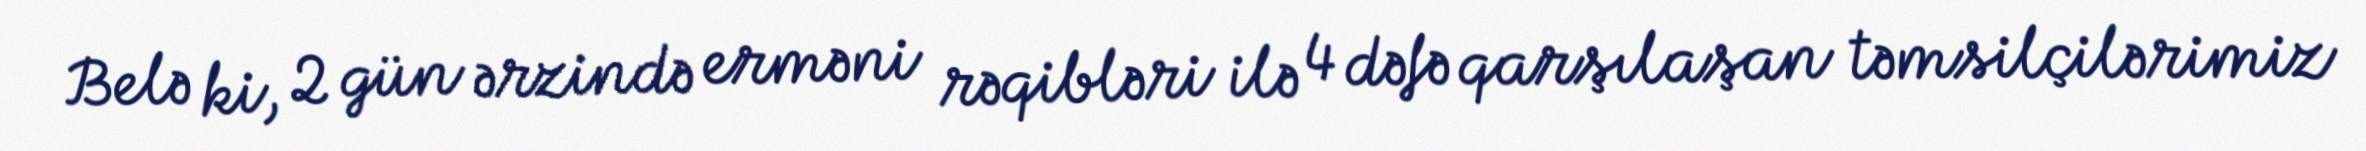
Belə ki, 2 gün ərzində erməni rəqibləri ilə 4 dəfə qarşılaşan təmsilçilərimiz